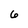
Character: 6